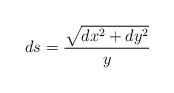
LaTeX: \begin{align*}ds=\frac{\sqrt{dx^2+dy^2}}{y}\end{align*}